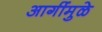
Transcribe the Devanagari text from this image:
आगींमुळे